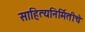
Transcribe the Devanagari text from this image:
साहित्यनिर्मितीचे